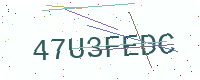
Text: 47U3FEDC